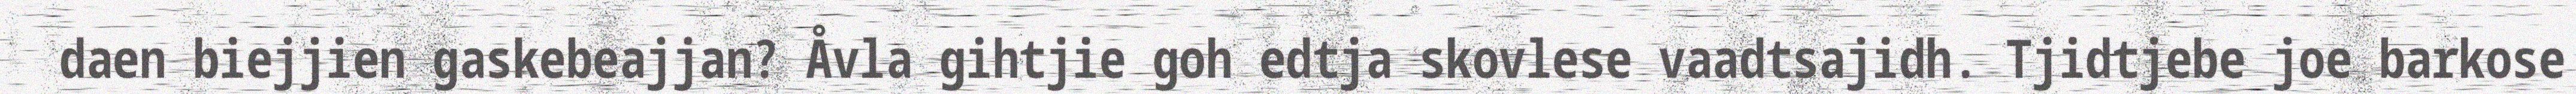
daen biejjien gaskebeajjan? Åvla gihtjie goh edtja skovlese vaadtsajidh. Tjidtjebe joe barkose